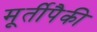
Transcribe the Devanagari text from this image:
मूर्तीपैकी